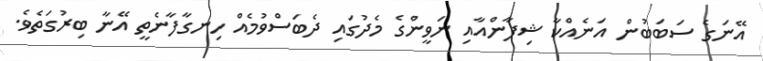
އޭނަގެ ސަބަބުން އަނެއްކާ ޝިފާންއާއި ނަވީންގެ މެދުގައި ދެބަސްވުމެއް ހިނގާފާނެތީ އޭނާ ބިރުގަތެވެ.